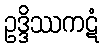
ဥဒ္ဒိဿကဋံ